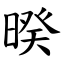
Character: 暌